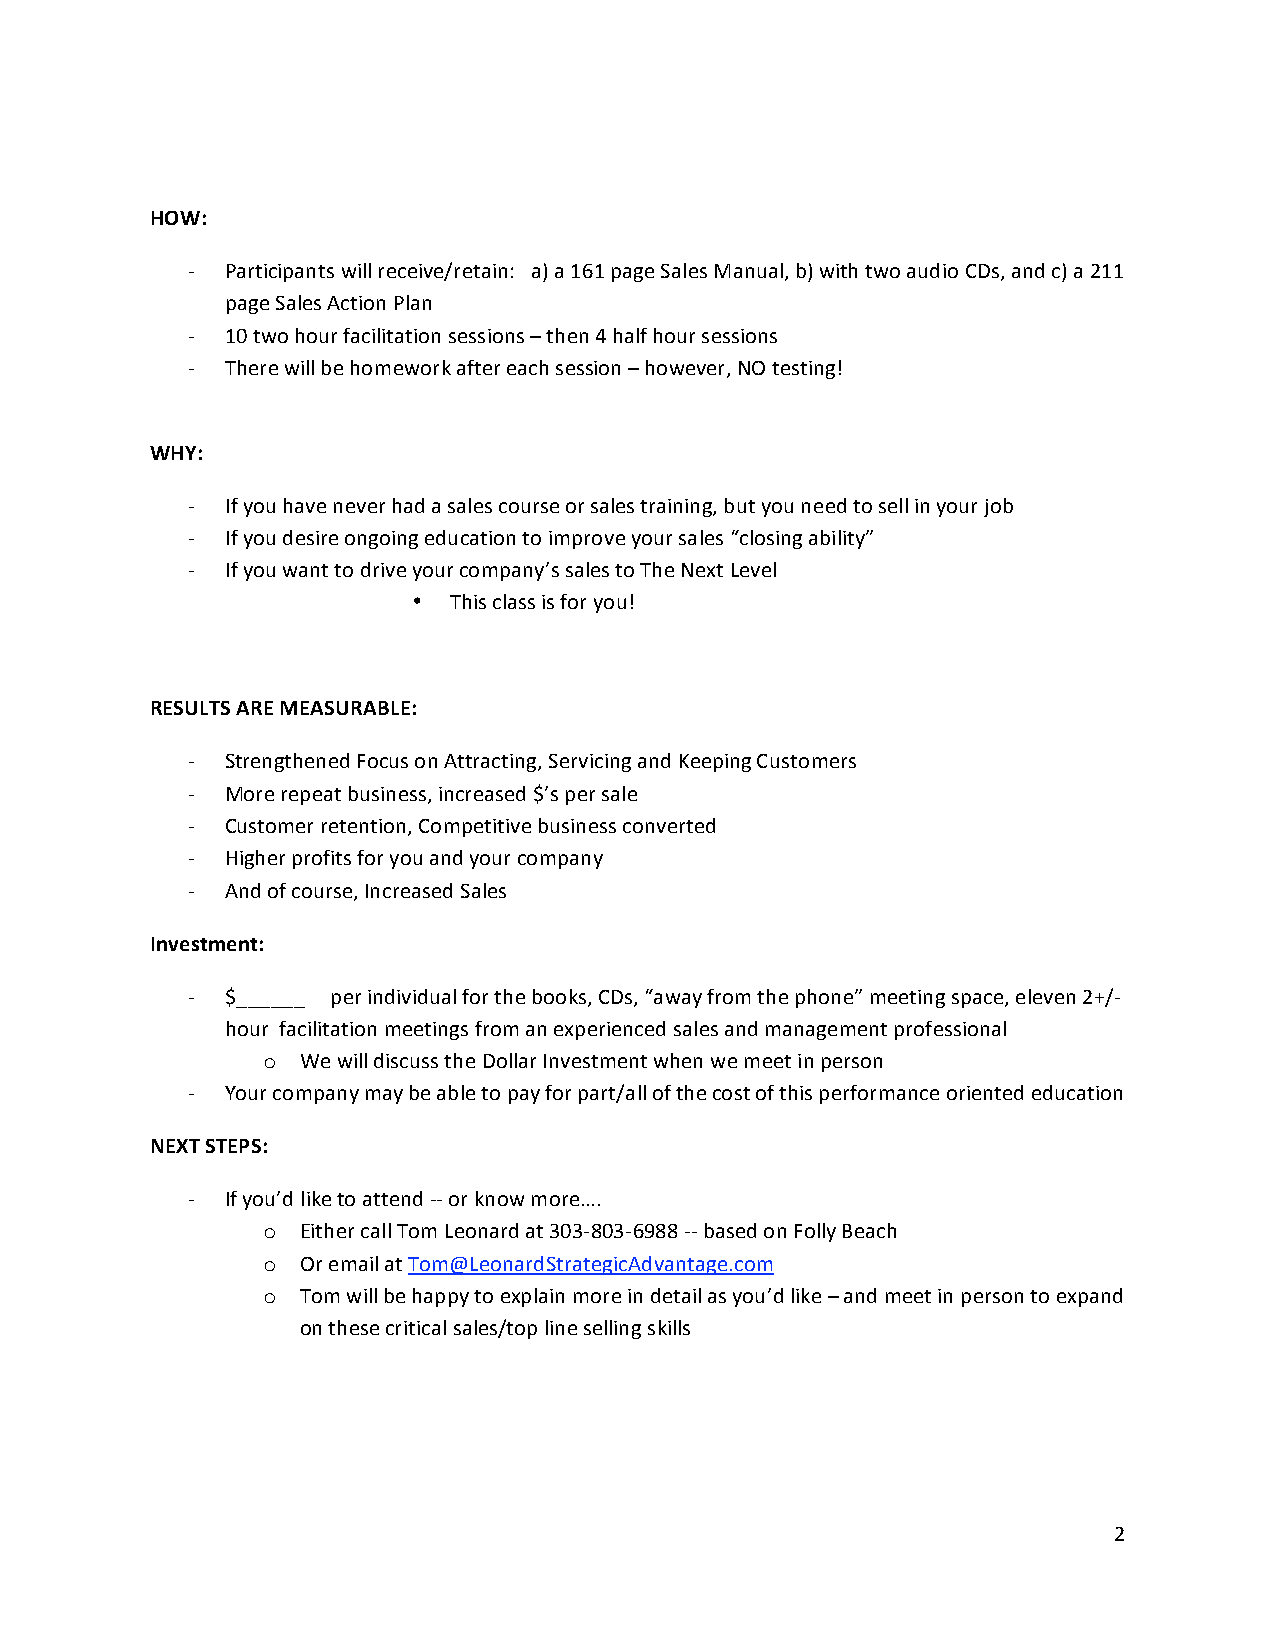
HOW:
 ‐  Participants will receive/retain: a) a 161 page Sales Manual, b) with two audio CDs, and c) a 211
 page Sales Action Plan
 ‐  10 two hour facilitation sessions – then 4 half hour sessions
 ‐  There will be homework after each session – however, NO testing!
 WHY:
 ‐  If you have never had a sales course or sales training, but you need to sell in your job
 ‐  If you desire ongoing education to improve your sales “closing ability”
 ‐  If you want to drive your company’s sales to The Next Level
 •  This class is for you!
 RESULTS ARE MEASURABLE:
 ‐  Strengthened Focus on Attracting, Servicing and Keeping Customers
 ‐  More repeat business, increased $’s per sale
 ‐  Customer retention, Competitive business converted
 ‐  Higher profits for you and your company
 ‐  And of course, Increased Sales
 Investment:
 ‐  $______ per individual for the books, CDs, “away from the phone” meeting space, eleven 2+/‐
 hour facilitation meetings from an experienced sales and management professional
 o  We will discuss the Dollar Investment when we meet in person
 ‐  Your company may be able to pay for part/all of the cost of this performance oriented education
 NEXT STEPS:
 ‐  If you’d like to attend ‐‐ or know more….
 o  Either call Tom Leonard at 303‐803‐6988 ‐‐ based on Folly Beach
 o  Or email at Tom@LeonardStrategicAdvantage.com
 o  Tom will be happy to explain more in detail as you’d like – and meet in person to expand
 on these critical sales/top line selling skills
 2